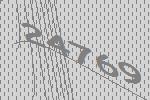
24769